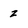
Character: z